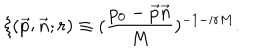
\xi ( \vec { p } ; \vec { n } ; r ) \equiv ( \frac { p _ { 0 } - \vec { p } \vec { n } } { M } ) ^ { - 1 - i r M } .